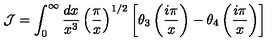
{ \cal J } = \int _ { 0 } ^ { \infty } { \frac { d x } { x ^ { 3 } } } \left( { \frac { \pi } { x } } \right) ^ { 1 / 2 } \left[ \theta _ { 3 } \left( { \frac { i \pi } { x } } \right) - \theta _ { 4 } \left( { \frac { i \pi } { x } } \right) \right]